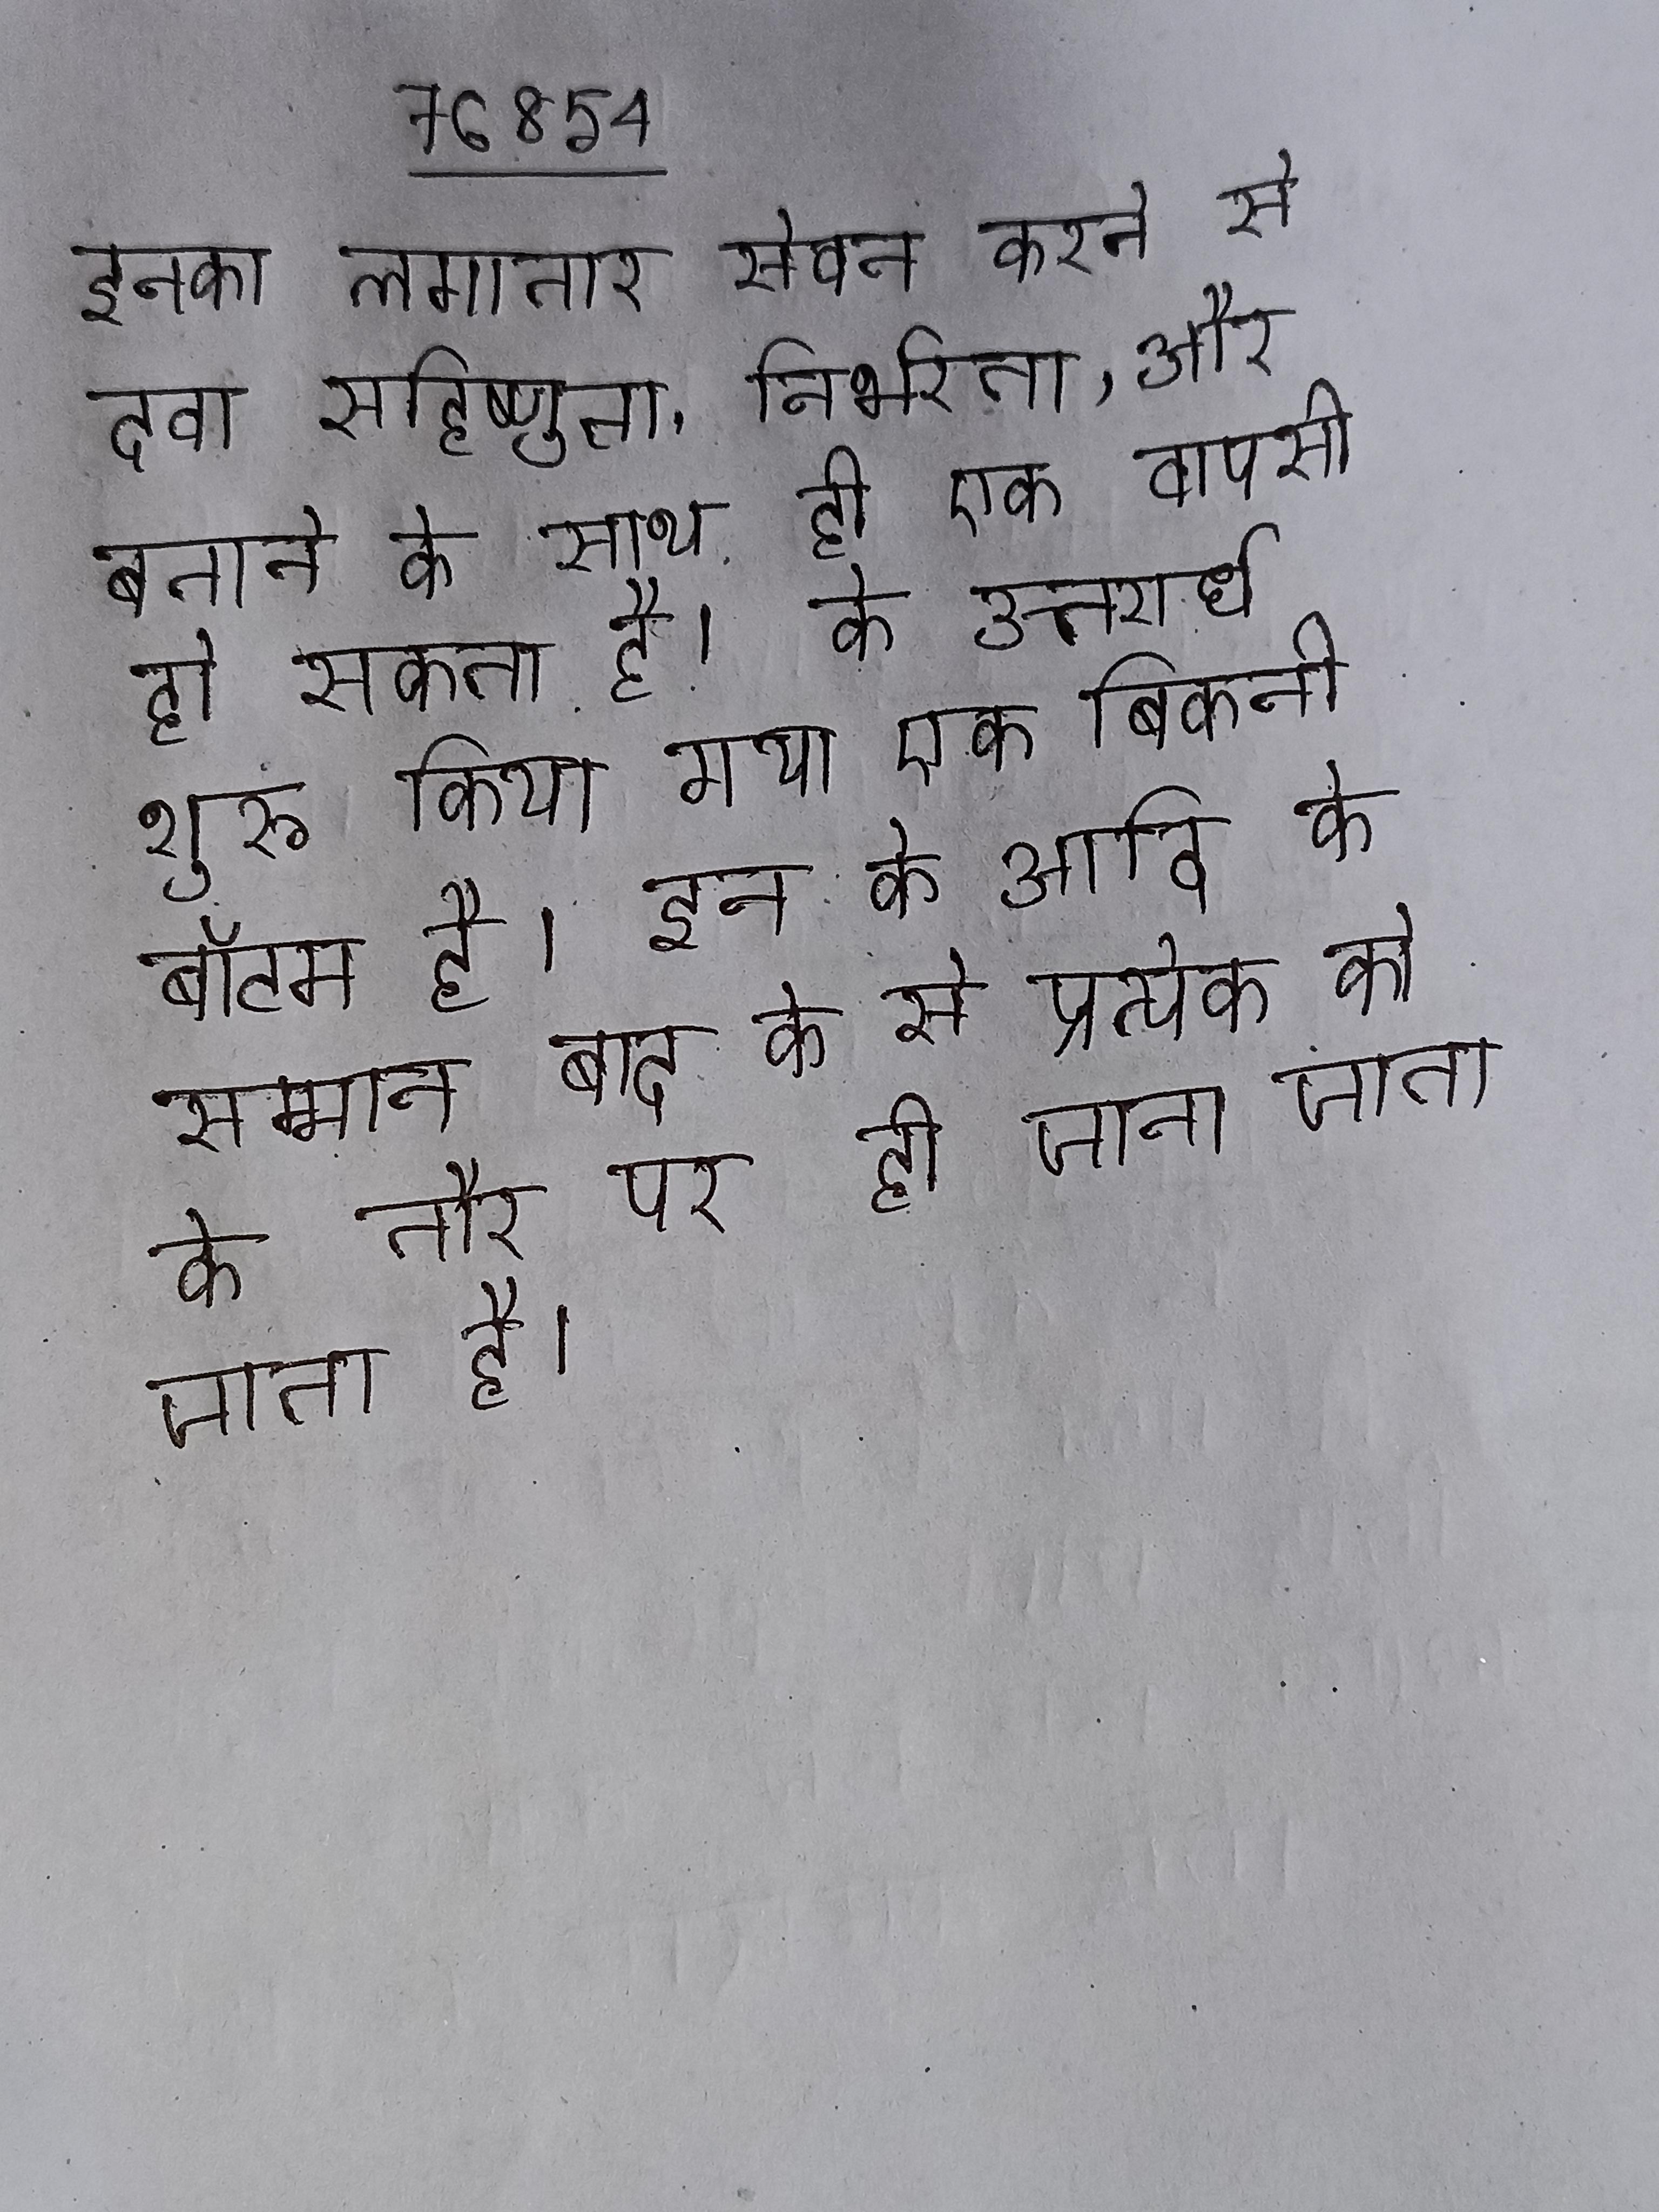
इनका लगातार सेवन करने से दवा सहिष्णुता, निर्भरता, और बनाने के साथ ही एक वापसी हो सकता है । के उत्तरार्ध शुरू किया गया एक बिकनी बॉटम है । इन के आदि के सम्मान बाद के से प्रत्येक को के तौर पर ही जाना जाता जाता है ।